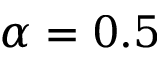
\alpha = 0 . 5